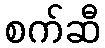
စက်ဆီ